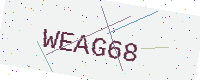
Text: WEAG68